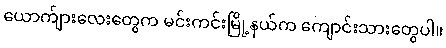
ယောက်ျားလေးတွေက မင်းကင်းမြို့နယ်က ကျောင်းသားတွေပါ။